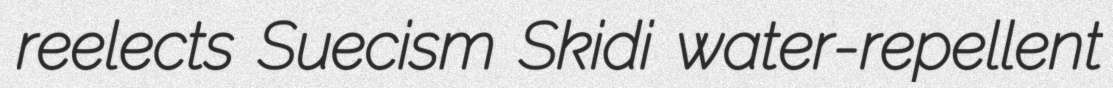
reelects Suecism Skidi water-repellent